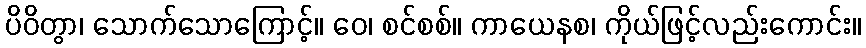
ပိဝိတွာ၊ သောက်သောကြောင့်။ ဝေ၊ စင်စစ်။ ကာယေနစ၊ ကိုယ်ဖြင့်လည်းကောင်း။